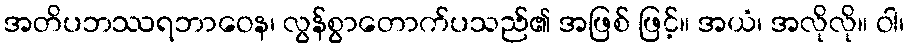
အတိပဘဿရဘာဝေန၊ လွန်စွာတောက်ပသည်၏ အဖြစ် ဖြင့်။ အယံ၊ အလိုလို။ ဝါ၊